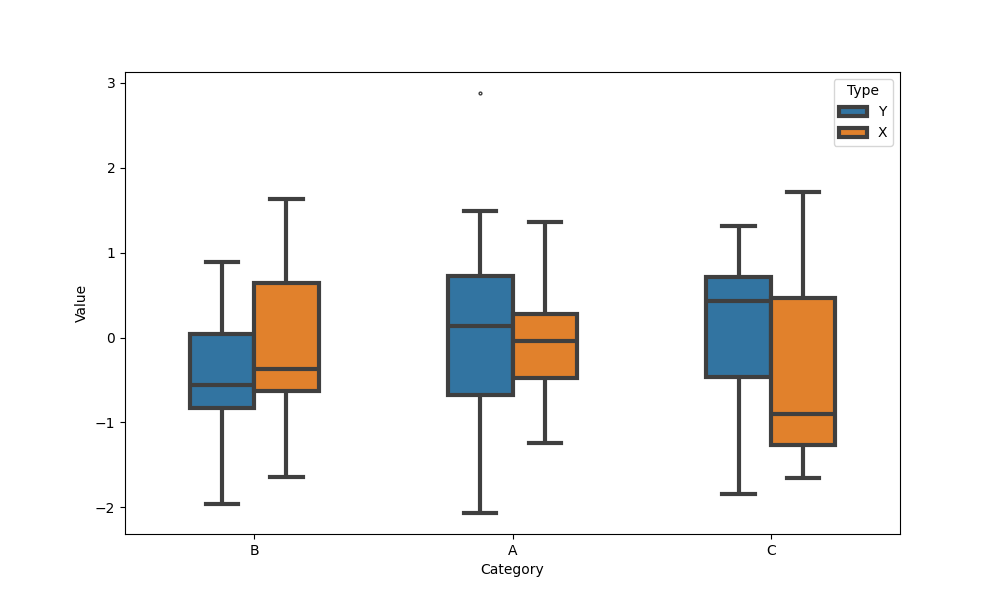
python, seaborn, boxplot, width=0.5, linewidth=3, fliersize=2, notch=False